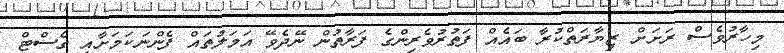
މިހާރުވެސް ރަށަށް ޒިޔާރަތްކުރާ ބައެއް ފަތުރުވެރިންގެ ފަރާތުން ނޭދެވޭ އަމަލުތައް ފެންނަކަމަށާއި ގެސްޓް